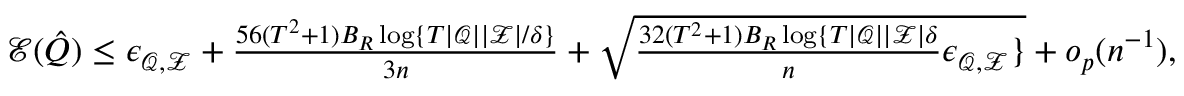
\begin{array} { r l } & { \mathcal { E } ( \hat { Q } ) \leq \epsilon _ { \mathcal { Q } , \mathcal { Z } } + \frac { 5 6 ( T ^ { 2 } + 1 ) B _ { R } \log \{ { T | \mathcal { Q } | | \mathcal { Z } | } / { \delta } \} } { 3 n } + \sqrt { \frac { 3 2 ( T ^ { 2 } + 1 ) B _ { R } \log \{ { T | \mathcal { Q } | | \mathcal { Z } | } { \delta } } { n } \epsilon _ { \mathcal { Q } , \mathcal { Z } } \} } + o _ { p } ( n ^ { - 1 } ) , } \end{array}